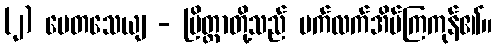
(၂) ပေတသေယျ - ပြိတ္တာတို့သည် ပက်လက်အိပ်ကြကုန်၏။